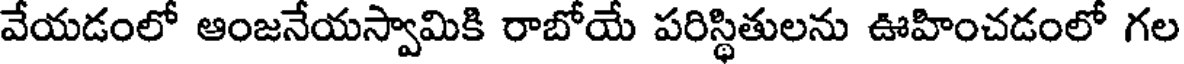
వేయడంలో ఆంజనేయస్వామికి రాబోయే పరిస్థితులను ఊహించడంలో గల